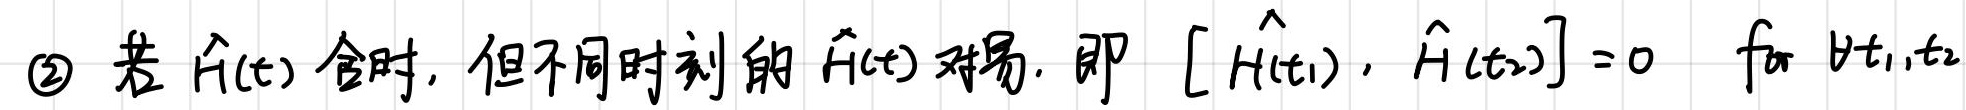
\textcircled{2} 若 $\hat{H}(t)$ 含时, 但不同时刻的 $\hat{H}(t)$ 对易. 即 $[\hat{H}(t_1), \hat{H}(t_2)] = 0$ for $\forall t_1,t_2$